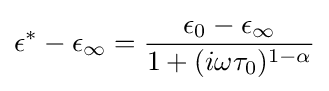
\epsilon ^{*}-\epsilon _{\infty }={\dfrac {\epsilon _{0}-\epsilon _{\infty }}{1+(i\omega \tau _{0})^{1-\alpha }}}